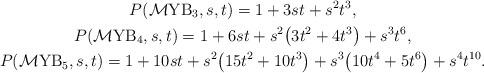
LaTeX: \begin{gather*}P({\cal M}{\rm YB}_3,s,t)= 1+3s t+s^2 t^3,\\P({\cal M}{\rm YB}_4,s,t)=1+6s t+s^2 \big(3t^2+4t^3\big)+s^3 t^6,\\P({\cal M}{\rm YB}_5,s,t)=1+10s t+s^2\big(15t^2+10t^3\big)+s^3\big(10t^4+5t^6\big)+s^4 t^{10}.\end{gather*}